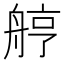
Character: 𦨾